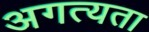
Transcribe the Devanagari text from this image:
अगत्यता